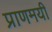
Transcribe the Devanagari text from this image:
प्राणमयी